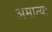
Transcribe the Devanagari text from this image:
अमात्यः